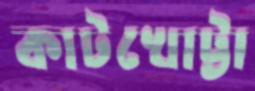
কাটখোট্টা